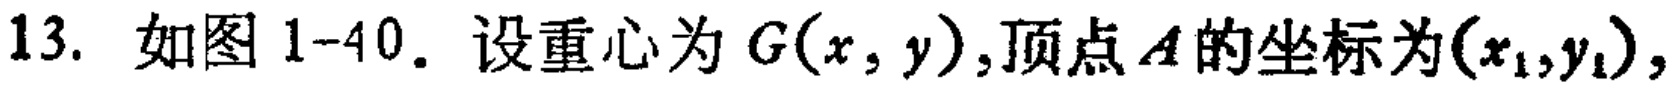
13. 如图1-40. 设重心为 \(G(x,y)\),顶点 \(A\)的坐标为\((x_{1},y_{1})\),